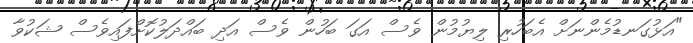
"އަޅުގަނޑުމެންނަށް އެބަހުރި ލިޔުމުން ވެސް އަގަ ބަހުން ވެސް އަދި ބައްދަލުކޮށްފައިވެސް ޝަކުވާ